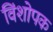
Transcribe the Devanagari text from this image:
विंशोपक